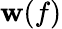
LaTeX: \mathbf{w}(f)